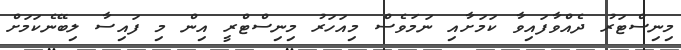
މިނިސްޓަރު ދެއްވާފައިވާ ކަމަށާއި ނަމަވެސް މިއަހަރު މިނިސްޓްރީ އިން މި ފައިސާ ލިބޭނެކަމަށް